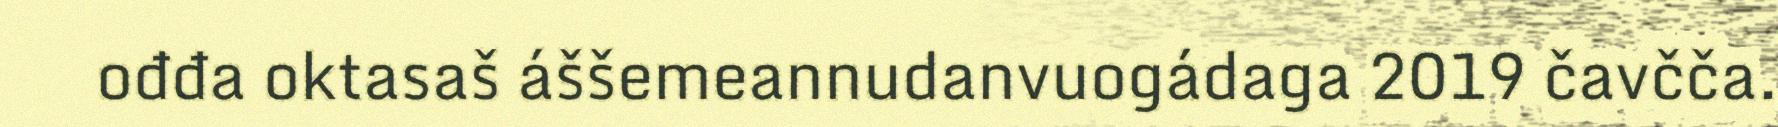
ođđa oktasaš áššemeannudanvuogádaga 2019 čavčča.